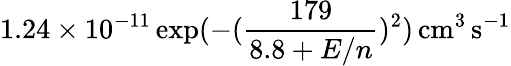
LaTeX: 1.24\times 10^{-11}\exp(-(\frac{179}{8.8+E/n})^{2})\, \mathrm{cm^{3}\, s^{-1}}